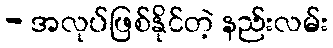
- အလုပ်ဖြစ်နိုင်တဲ့ နည်းလမ်း